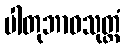
ပါတုဘာဝသုတ္တံ